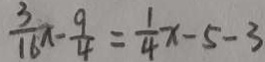
\frac { 3 } { 1 6 } x - \frac { 9 } { 4 } = \frac { 1 } { 4 } x - 5 - 3